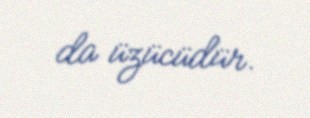
da üzücüdür.